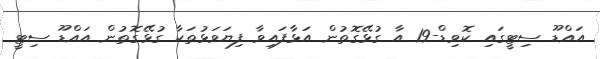
އައްޑޫ ސިޓީގައި ކޮވިޑް-19 އާ ގުޅޭގޮތުން އަޅާފައިވާ ފިޔަވަޅުތަކާ ގުޅޭގޮތުން އައްޑޫ ސިޓީ